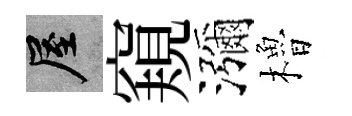
屋窺瀰櫓